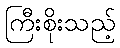
ကြီးစိုးသည့်